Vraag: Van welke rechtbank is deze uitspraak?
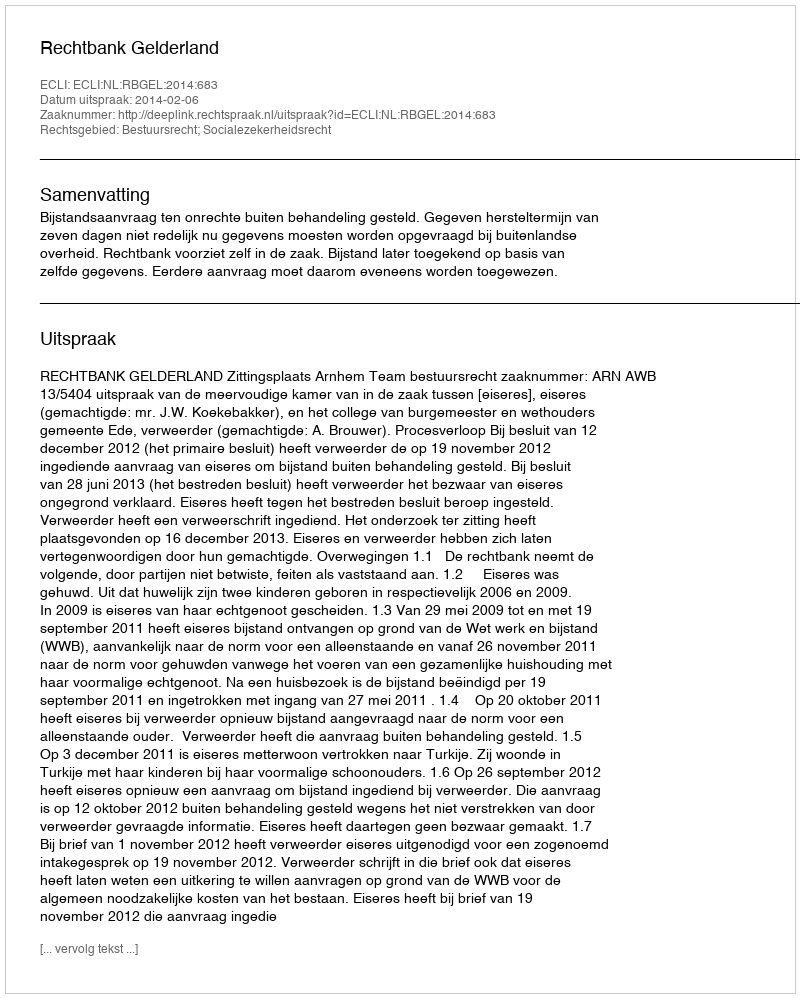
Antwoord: Rechtbank Gelderland